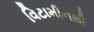
વિટામીનથી